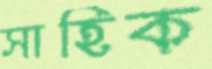
সাহিক